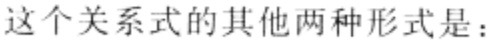
这个关系式的其他两种形式是：